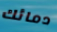
دمائك